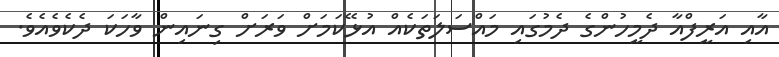
އާއި އަރީފްއާ ދެމީހުންގެ ދެމުގައި މައްސަލަތަކެއް އުޅޭކަމަށް ވަރަށް ގިނައިން ވާހަކަ ދެކެވެއެވެ.